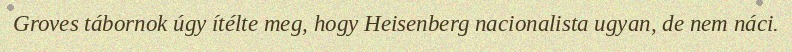
Groves tábornok úgy ítélte meg, hogy Heisenberg nacionalista ugyan, de nem náci.